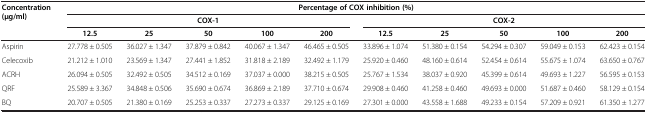
<table><thead><tr><td rowspan="3"><b>Concentration (μg/ml)</b></td><td colspan="10"><b>Percentage of COX inhibition (%)</b></td></tr><tr><td colspan="5"><b>COX-1</b></td><td colspan="5"><b>COX-2</b></td></tr><tr><td><b>12.5</b></td><td><b>25</b></td><td><b>50</b></td><td><b>100</b></td><td><b>200</b></td><td><b>12.5</b></td><td><b>25</b></td><td><b>50</b></td><td><b>100</b></td><td><b>200</b></td></tr></thead><tbody><tr><td>Aspirin</td><td>27.778 ± 0.505</td><td>36.027 ± 1.347</td><td>37.879 ± 0.842</td><td>40.067 ± 1.347</td><td>46.465 ± 0.505</td><td>33.896 ± 1.074</td><td>51.380 ± 0.154</td><td>54.294 ± 0.307</td><td>59.049 ± 0.153</td><td>62.423 ± 0.154</td></tr><tr><td>Celecoxib</td><td>21.212 ± 1.010</td><td>23.569 ± 1.347</td><td>27.441 ± 1.852</td><td>31.818 ± 2.189</td><td>32.492 ± 1.179</td><td>25.920 ± 0.460</td><td>48.160 ± 0.614</td><td>52.454 ± 0.614</td><td>55.675 ± 1.074</td><td>63.650 ± 0.767</td></tr><tr><td>ACRH</td><td>26.094 ± 0.505</td><td>32.492 ± 0.505</td><td>34.512 ± 0.169</td><td>37.037 ± 0.000</td><td>38.215 ± 0.505</td><td>25.767 ± 1.534</td><td>38.037 ± 0.920</td><td>45.399 ± 0.614</td><td>49.693 ± 1.227</td><td>56.595 ± 0.153</td></tr><tr><td>QRF</td><td>25.589 ± 3.367</td><td>34.848 ± 0.506</td><td>35.690 ± 0.674</td><td>36.869 ± 2.189</td><td>37.710 ± 0.674</td><td>29.908 ± 0.460</td><td>41.258 ± 0.460</td><td>49.693 ± 0.000</td><td>51.687 ± 0.460</td><td>58.129 ± 0.154</td></tr><tr><td>BQ</td><td>20.707 ± 0.505</td><td>21.380 ± 0.169</td><td>25.253 ± 0.337</td><td>27.273 ± 0.337</td><td>29.125 ± 0.169</td><td>27.301 ± 0.000</td><td>43.558 ± 1.688</td><td>49.233 ± 0.154</td><td>57.209 ± 0.921</td><td>61.350 ± 1.277</td></tr></tbody></table>